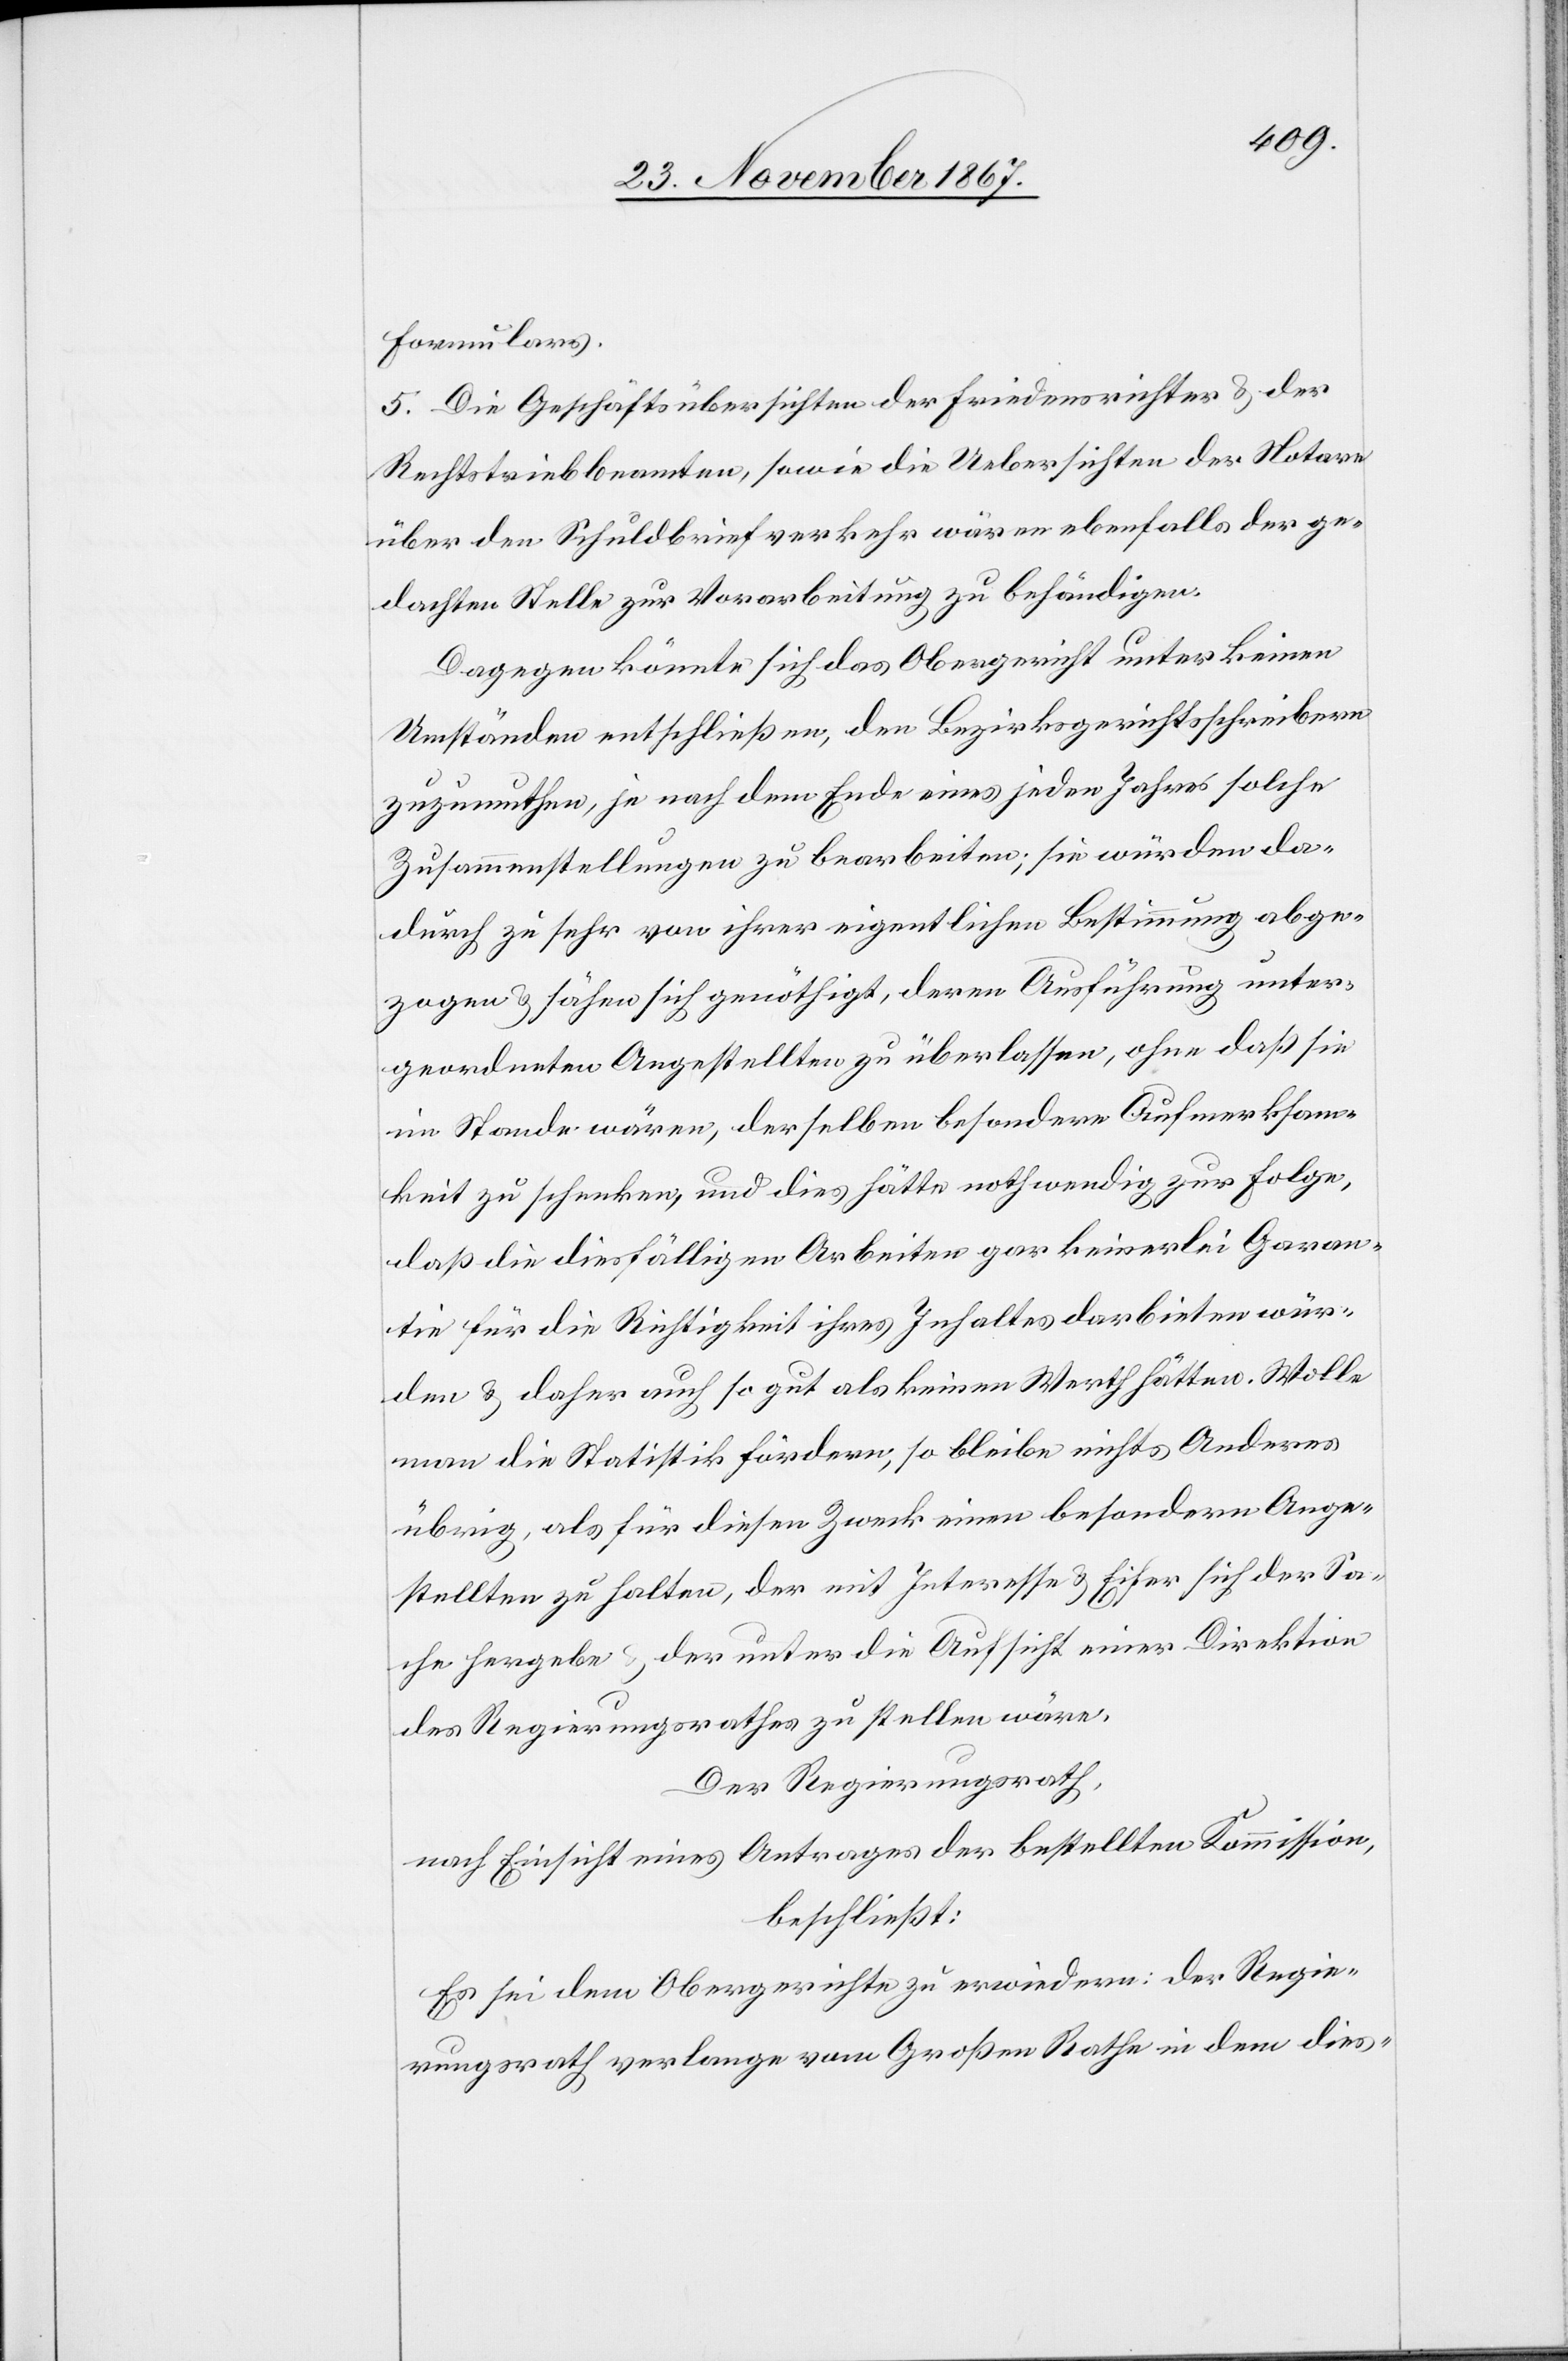
Formulars.
5. Die Geschäftsübersichten der Friedensrichter u. der
Rechtstriebbeamte, sowie die Uebersichten der Notare
über den Schuldbriefverkehr wären ebenfalls der ge¬
dachten Stelle zur Vorarbeitung zu behändigen.
Dagegen könnte sich das Obergericht unter keinen
Umständen entschließen, den Bezirksgerichtsschreibern
zuzumuthen, je nach dem Ende eines jeden Jahres solche
Zusammenstellungen zu bearbeiten; sie würden da¬
durch zu sehr von ihrer eigentlichen Bestimmung abge¬
zogen u. sähen sich genöthigt, deren Ausführung unter¬
geordneten Angestellten zu überlassen, ohne daß sie
im Stande wären, derselben besondere Aufmerksam¬
keit zu schenken, und dies hätte nothwendig zur Folge,
daß die diesfälligen Arbeiten gar keinerlei Garan¬
tie für die Richtigkeit ihres Inhalts darbieten wür¬
den u. daher auch so gut als keinen Werth hätten. Wolle
man die Statistik fördern, so bleibe nichts Anderes
übrig, als für diesen Zweck einen besondern Ange¬
stellten zu halten, der mit Interesse u. Eifer sich der Sa¬
che hergebe u. der unter die Aufsicht einer Direktion
des Regierungsrathes zu stellen wäre.
Der Regierungsrath,
nach Einsicht eines Antrages der bestellten Kommission,
beschließt:
Es sei dem Obergerichte zu erwiedern: der Regie¬
rungsrath verlange vom Großen Rathe in dem dies-